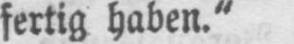
fertig haben.“